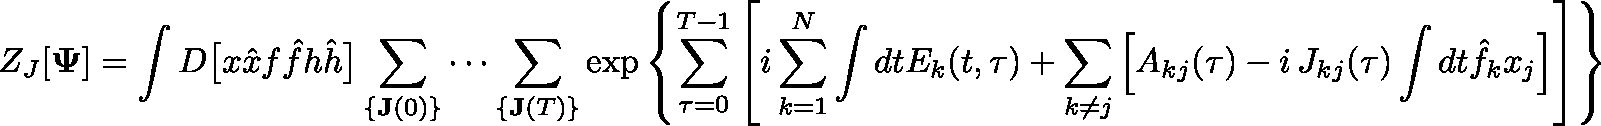
Z _ { J } [ \mathbf { \Psi } ] = \int D \big [ x \hat { x } f \hat { f } h \hat { h } \big ] \sum _ { \{ \mathbf { J } ( 0 ) \} } \cdots \sum _ { \{ \mathbf { J } ( T ) \} } \exp \left\{ \sum _ { \tau = 0 } ^ { T - 1 } \left[ i \sum _ { k = 1 } ^ { N } \int d t E _ { k } ( t , \tau ) + \sum _ { k \neq j } \Big [ A _ { k j } ( \tau ) - i \, J _ { k j } ( \tau ) \int d t \hat { f } _ { k } x _ { j } \Big ] \right] \right\}